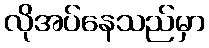
လိုအပ်နေသည်မှာ